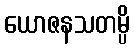
ယောဇနသတမ္ပိ